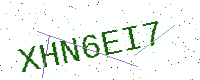
Text: XHN6EI7